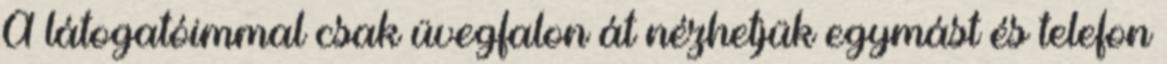
A látogatóimmal csak üvegfalon át nézhetjük egymást és telefon